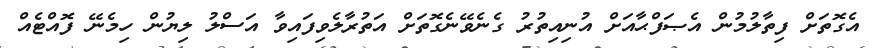
އެގޮތަށް ފިތާލުމުން އެޞަފްޙާއަށް އުނިއިތުރު ގެނެވޭނެގޮތަށް އަތުރާލެވިފައިވާ އަސްލު ލިޔުން ހިމެނޭ ފޮއްޓެއް